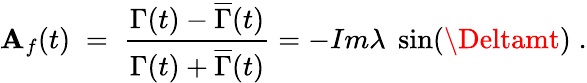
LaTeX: \mathbf{A}_{f}(t)\; =\; \frac{{\Gamma(t)-\overline{{{{\Gamma}}}}(t)}}{{\Gamma(t)+\overline{{{{\Gamma}}}}(t)}}=-Im\lambda\; \sin(\Deltamt)\; .